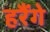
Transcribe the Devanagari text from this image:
हरैंगे